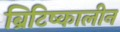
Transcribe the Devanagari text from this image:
ब्रिटिष्कालीन